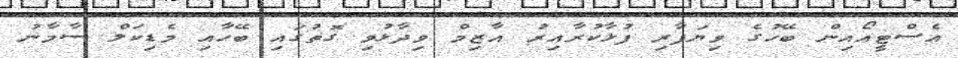
އެސްޓީއޯއިން ބޭހުގެ ވިޔަފާރި ފުޅާކުރާއިރު އާޒިމް ވިދާޅުވި ގޮތުގައި ބޭހާއި މެޑިކަލް ސާމާނު